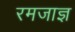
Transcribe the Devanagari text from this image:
रमजाज्ञ